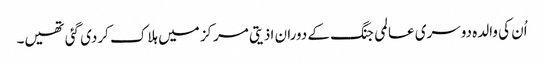
اُن کی والدہ دوسری عالمی جنگ کے دوران اذیتی مرکز میں ہلاک کردی گئی تھیں۔